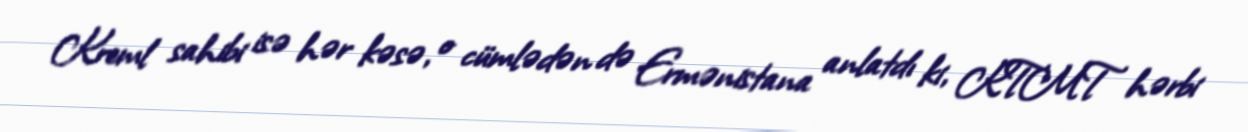
Kreml sahibi isə hər kəsə, o cümlədən də Ermənistana anlatdı ki, KTMT hərbi